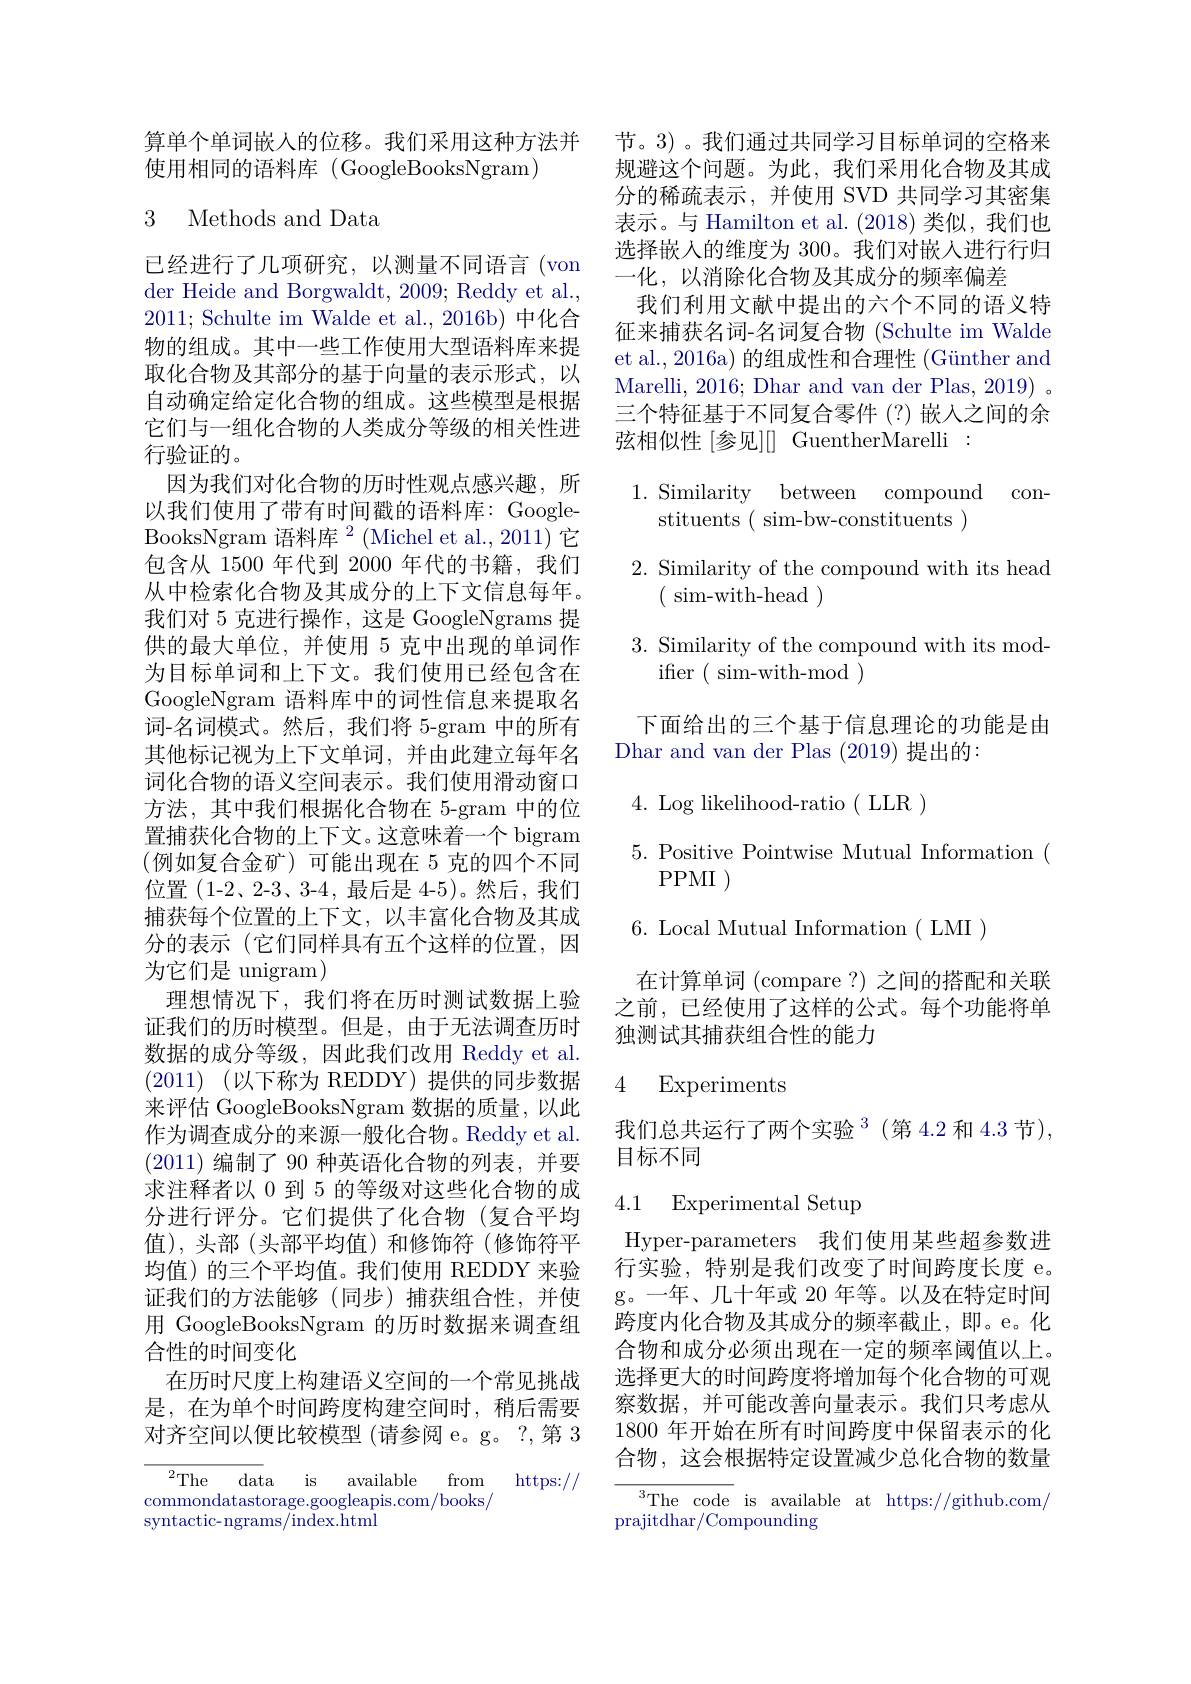
算单个单词嵌入的位移。我们采用这种方法并
使用相同的语料库 (GoogleBooksNgram)

## 3 Methods and Data

已经进行了几项研究，以测量不同语言(von der Heide and Borgwaldt, 2009; Reddy et al., 2011; Schulte im Walde et al., 2016b) 中化合物的组成。其中一些工作使用大型语料库来提取化合物及其部分的基于向量的表示形式，以自动确定给定化合物的组成。这些模型是根据它们与一组化合物的人类成分等级的相关性进行验证的。
因为我们对化合物的历时性观点感兴趣，所以我们使用了带有时间戳的语料库：GoogleBooksNgram 语料库$^2($Michel et al., 2011) 它包含从 1500 年代到 2000 年代的书籍，我们从中检索化合物及其成分的上下文信息每年。我们对 5 克进行操作，这是 GoogleNgrams 提供的最大单位，并使用 5 克中出现的单词作为目标单词和上下文。我们使用已经包含在GoogleNgram 语料库中的词性信息来提取名词-名词模式。然后，我们将 5-gram 中的所有其他标记视为上下文单词，并由此建立每年名词化合物的语义空间表示。我们使用滑动窗口方法，其中我们根据化合物在 5-gram 中的位置捕获化合物的上下文。这意味着一个 bigram (例如复合金矿)可能出现在 5 克的四个不同位置(1-2、2-3、3-4,最后是 4-5)。然后，我们捕获每个位置的上下文，以丰富化合物及其成分的表示(它们同样具有五个这样的位置，因为它们是 unigram)
理想情况下，我们将在历时测试数据上验证我们的历时模型。但是，由于无法调查历时数据的成分等级，因此我们改用 Reddy et al. (2011) (以下称为 REDDY)提供的同步数据来评估 GoogleBooksNgram 数据的质量，以此作为调查成分的来源一般化合物。Reddy et al (2011)编制了 90 种英语化合物的列表，并要求注释者以 0 到 5 的等级对这些化合物的成分进行评分。它们提供了化合物(复合平均值),头部(头部平均值)和修饰符(修饰符平均值)的三个平均值。我们使用 REDDY 来验证我们的方法能够(同步)捕获组合性，并使用 GoogleBooksNgram 的历时数据来调查组合性的时间变化
在历时尺度上构建语义空间的一个常见挑战是，在为单个时间跨度构建空间时，稍后需要对齐空间以便比较模型 (请参阅 e。g。?,第 3

$^{2}$The data is available from
https: / /
commondatastorage.googleapis.com/books/
syntactic- ngrams/index.html

节。3)。我们通过共同学习目标单词的空格来规避这个问题。为此，我们采用化合物及其成分的稀疏表示，并使用 SVD 共同学习其密集表示。与 Hamilton et al. (2018)类似，我们也选择嵌入的维度为 300。我们对嵌人进行行归一化，以消除化合物及其成分的频率偏差
我们利用文献中提出的六个不同的语义特征来捕获名词-名词复合物 (Schulte im Walde et al., 2016a) 的组成性和合理性 (Günther and Marelli, 2016; Dhar and van der Plas, 2019) 。三个特征基于不同复合零件(?)嵌入之间的余弦相似性[参见][GuentherMarelli:

1.Similarity between compound con-
stituents ( sim-bw-constituents )
2. Similarity of the compound with its head
$({\mathrm{~sim-with-head~}})$
3. Similarity of the compound with its mod-
${\mathrm{ifier~(~sim-with-mod~)}}$
下面给出的三个基于信息理论的功能是由
Dhar and van der Plas (2019)提出的：
4. Log likelihood-ratio( LLR)
5. Positive Pointwise Mutual Information (
PPMI )
6. Local Mutual Information ( LMI )
在计算单词 (compare?) 之间的搭配和关联之前，已经使用了这样的公式。每个功能将单独测试其捕获组合性的能力
4 Experiments

我们总共运行了两个实验$^{3}$(第 4.2 和 4.3 节),
目标不同

### 4.1 Experimental Setup

Hyper-parameters 我们使用某些超参数进行实验，特别是我们改变了时间跨度长度 e。g。一年、几十年或 20 年等。以及在特定时间跨度内化合物及其成分的频率截止，即。e。化合物和成分必须出现在一定的频率阈值以上。选择更大的时间跨度将增加每个化合物的可观察数据，并可能改善向量表示。我们只考虑从1800 年开始在所有时间跨度中保留表示的化合物，这会根据特定设置减少总化合物的数量

$^3$The code is available at https://github.com/
prajitdhar/Compounding